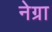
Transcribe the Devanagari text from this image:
नेग्रा